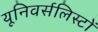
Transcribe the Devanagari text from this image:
यूनिवर्सलिस्टों